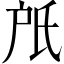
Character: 𣱆